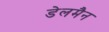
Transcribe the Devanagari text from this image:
डेलमैन